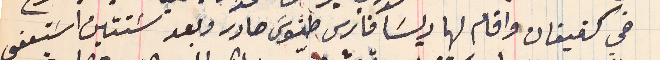
في كفيقان واقام لها ريسَا فارس طنوسَ صادر وبعد سَنتين اسَتعفى